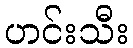
ဟင်းသီး